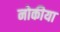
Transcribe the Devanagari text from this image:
नोकीया